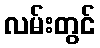
လမ်းတွင်